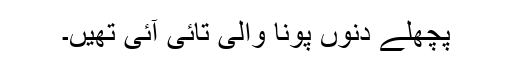
پچھلے دنوں پونا والی تائی آئی تھیں۔